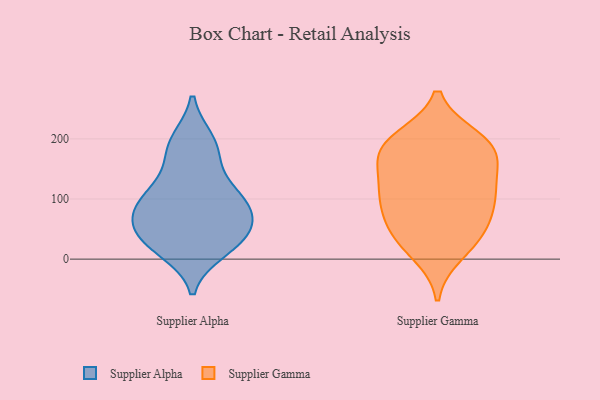
{"axis": {"x": "Market Share (%)", "y": "Value"}, "legend": ["Supplier Alpha", "Supplier Gamma"], "data": [{"x": "", "y": 90, "type": "Supplier Alpha"}, {"x": "", "y": 196, "type": "Supplier Alpha"}, {"x": "", "y": 94, "type": "Supplier Alpha"}, {"x": "", "y": 37, "type": "Supplier Alpha"}, {"x": "", "y": 84, "type": "Supplier Alpha"}, {"x": "", "y": 31, "type": "Supplier Alpha"}, {"x": "", "y": 118, "type": "Supplier Alpha"}, {"x": "", "y": 28, "type": "Supplier Alpha"}, {"x": "", "y": 62, "type": "Supplier Alpha"}, {"x": "", "y": 169, "type": "Supplier Alpha"}, {"x": "", "y": 54, "type": "Supplier Alpha"}, {"x": "", "y": 190, "type": "Supplier Alpha"}, {"x": "", "y": 104, "type": "Supplier Alpha"}, {"x": "", "y": 16, "type": "Supplier Alpha"}, {"x": "", "y": 10, "type": "Supplier Gamma"}, {"x": "", "y": 99, "type": "Supplier Gamma"}, {"x": "", "y": 183, "type": "Supplier Gamma"}, {"x": "", "y": 172, "type": "Supplier Gamma"}, {"x": "", "y": 189, "type": "Supplier Gamma"}, {"x": "", "y": 158, "type": "Supplier Gamma"}, {"x": "", "y": 41, "type": "Supplier Gamma"}, {"x": "", "y": 119, "type": "Supplier Gamma"}, {"x": "", "y": 200, "type": "Supplier Gamma"}, {"x": "", "y": 194, "type": "Supplier Gamma"}, {"x": "", "y": 78, "type": "Supplier Gamma"}, {"x": "", "y": 119, "type": "Supplier Gamma"}, {"x": "", "y": 55, "type": "Supplier Gamma"}, {"x": "", "y": 106, "type": "Supplier Gamma"}, {"x": "", "y": 34, "type": "Supplier Gamma"}]}